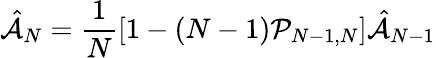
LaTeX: \hat{\mathcal{A}}_{N}=\frac{1}{N}[1-(N-1)\mathcal{P}_{N-1,N}]\hat{\mathcal{A}}_{N-1}